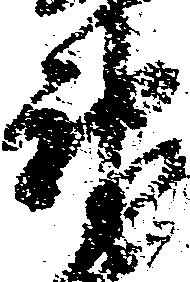
神